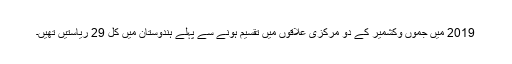
2019 میں جموں وکشمیر کے دو مرکزی علاقوں میں تقسیم ہونے سے پہلے ہندوستان میں کل 29 ریاستیں تھیں۔